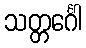
သတ္တင်္ဂေါ